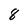
Character: 8